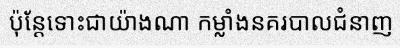
ប៉ុន្តែទោះជាយ៉ាងណា កម្លាំងនគរបាលជំនាញ